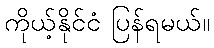
ကိုယ့်နိုင်ငံ ပြန်ရမယ်။